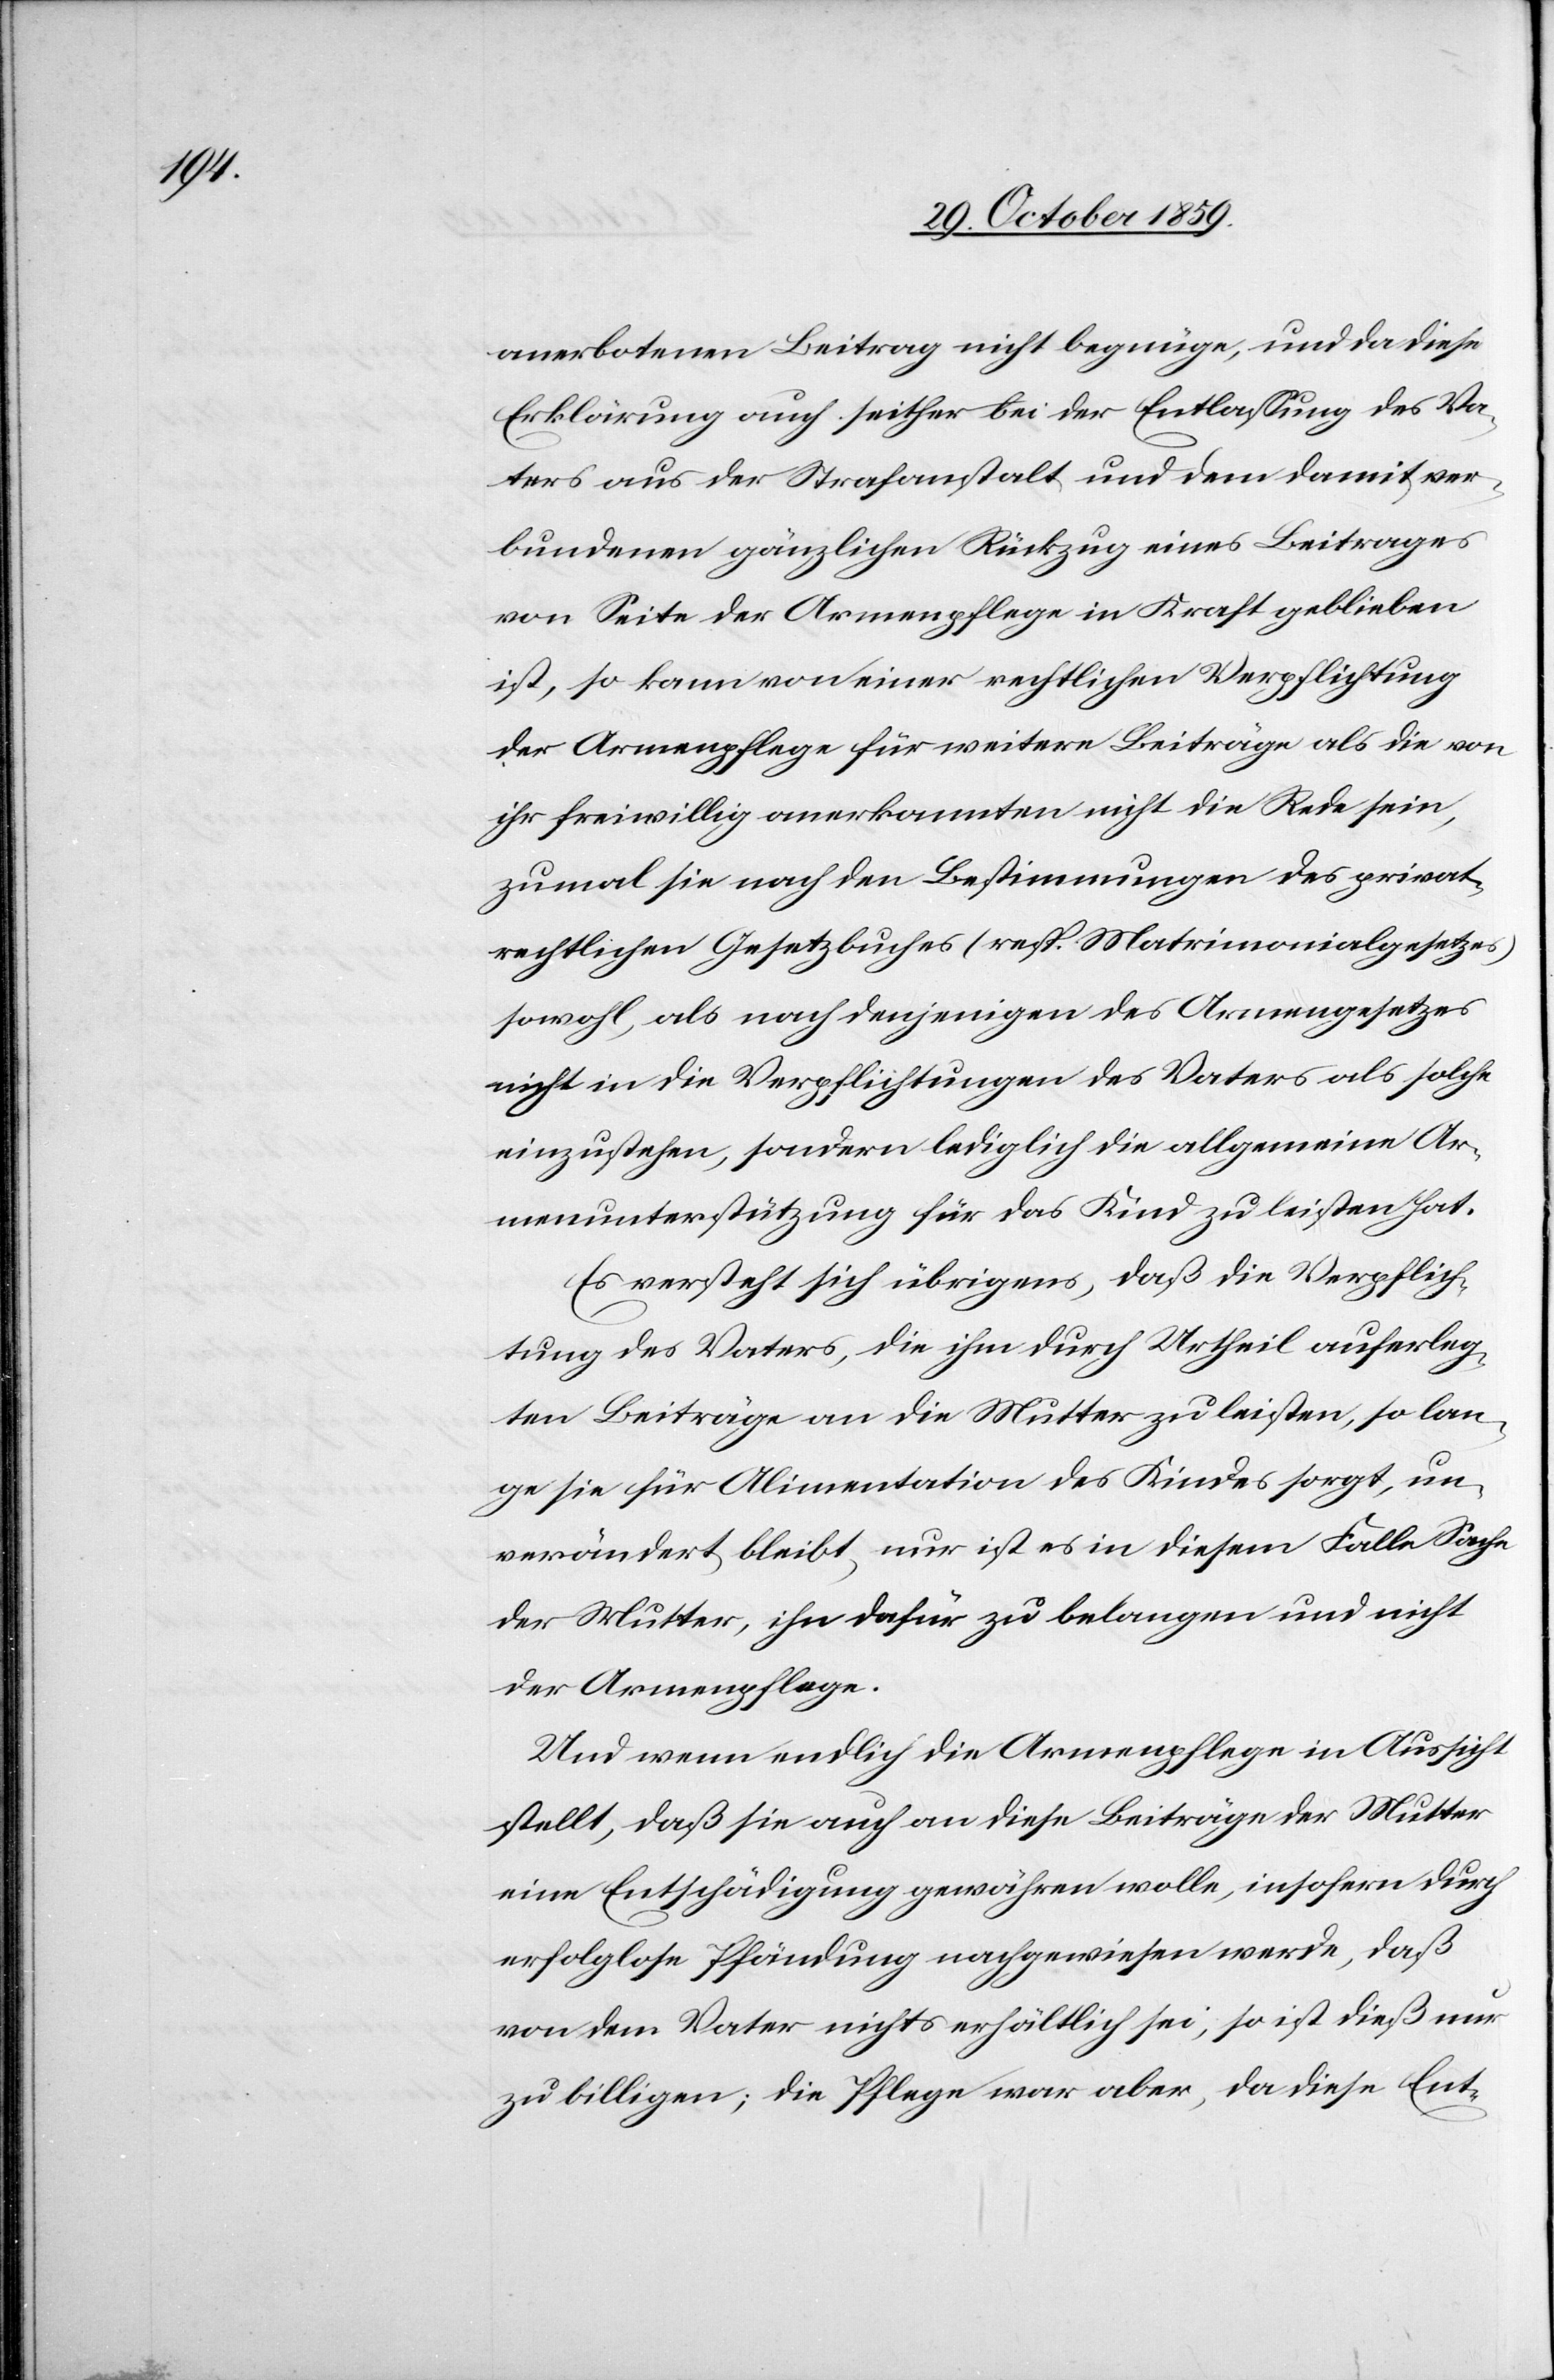
anerbotenen Beitrag nicht begnüge, und da diese
Erklärung auch seither bei der Entlassung des Va¬
ters aus der Strafanstalt und dem damit ver¬
bundenen gänzlichen Rückzug eines Beitrages
von Seite der Armenpflege in Kraft geblieben
ist, so kann von einer rechtlichen Verpflichtung
der Armenpflege für weitere Beiträge nicht die Rede
zumal sie nach den Bestimmungen des privat¬
rechtlichen Gesetzbuches (resp. Matrimonialgesetzes)
sowohl als nach denjenigen des Armengesetzes
nicht in die Verpflichtung des Vaters als solche
einzustehen, sondern lediglich die allgemeine Ar¬
menunterstützung für das Kind zu leisten hat.
Es versteht sich übrigens, daß die Verpflich¬
tung des Vaters, die ihm durch Urtheil auferleg¬
ten Beiträge an die Mutter zu leisten, so lan¬
ge sie für Alimentation des Kindes sorgt, un¬
verändert bleibt, nur ist es in diesem Falle Sache
der Mutter, ihn dafür zu belangen und nicht
der Armenpflege.
Und wenn endlich die Armenpflege in Aussicht
stellt, daß sie auch an diese Beiträge der Mutter
eine Entschädigung gewähren wolle, insofern durch
erfolglose Pfändung nachgewiesen werde, daß
von dem Vater nichts erhältlich sei, so ist dieß nur
zu billigen; die Pflege war aber, da diese Ent-